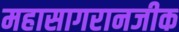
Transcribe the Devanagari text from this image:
महासागरानजीक